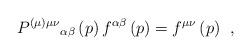
LaTeX: \begin{align*}P^{(\mu )\mu \nu }{}_{\alpha \beta }\left( p\right) f^{\alpha\beta }\left( p\right) =f^{\mu \nu }\left( p\right) \;\,,\end{align*}